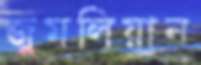
জুমলিয়ান